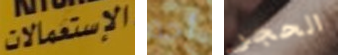
الإستعمالات أحد الحجر